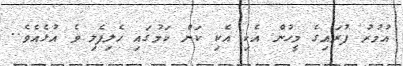
އުމުރު ފުރައިގެ މީހުން އެކި އެކި ކަން ކަމުގައި ހެލިފެލި ވެ އުޅެއެވެ..